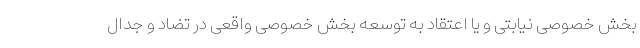
بخش خصوصی نیابتی و یا اعتقاد به توسعه بخش خصوصی واقعی در تضاد و جدال